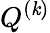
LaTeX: Q^{(\mathit{k})}